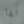
بها